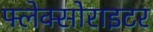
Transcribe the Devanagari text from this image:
फ्लेक्सोराइटर